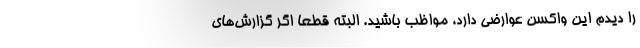
را دیدم این واکسن عوارضی دارد، مواظب باشید. البته قطعا اگر گزارش‌های